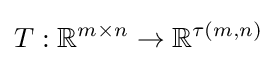
T:\mathbb {R} ^{m\times n}\rightarrow \mathbb {R} ^{\tau (m,n)}